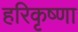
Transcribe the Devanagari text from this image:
हरिकृष्णा